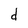
Character: d